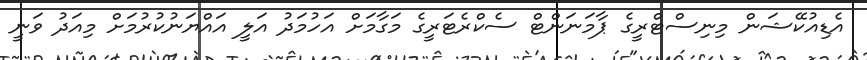
އެޑިއުކޭޝަން މިނިސްޓްރީގެ ޕާމަނަންޓް ސެކްރެޓަރީގެ މަގާމަށް އަހުމަދު އަލީ އައްޔަނުކުރުމަށް މިއަދު ވަނީ